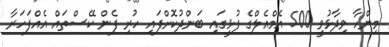
މިންހާ ވިދާޅުވީ 500 އެމްއެލްގެ ފުޅީގައި ބަންދުކޮށްފައި ހުރި ފެން ކޭސްތައް އެއްފަހަރާ